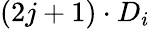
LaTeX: (2j+1)\cdot D_{i}